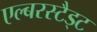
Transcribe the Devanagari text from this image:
एल्बरस्टैड्ट